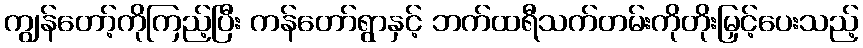
ကျွန်တော့်ကိုကြည့်ပြီး ကန်တော်ရွာနှင့် ဘက်ထရီသက်တမ်းကိုတိုးမြှင့်ပေးသည့်